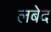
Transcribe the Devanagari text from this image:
लबेद